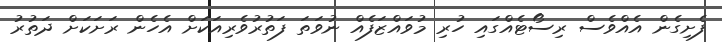
ފެށިގެން އެއްވެސް ރިސޯޓެއްގައި ހުރި މުވައްޒަފެއް ނުވަތަ ފަތުރުވެރިއަކަށް އެހެން ރަށަކަށް ދަތުރު